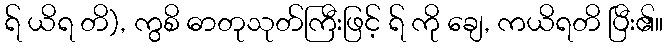
ရ် ယိရ တိ), ကွစိ ဓာတုသုတ်ကြီးဖြင့် ရ် ကို ချေ, ကယိရတိ ပြီး၏။